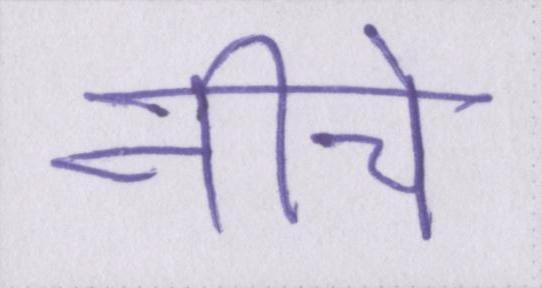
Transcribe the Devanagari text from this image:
नीचे